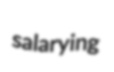
salarying